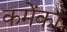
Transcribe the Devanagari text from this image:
कमेंका